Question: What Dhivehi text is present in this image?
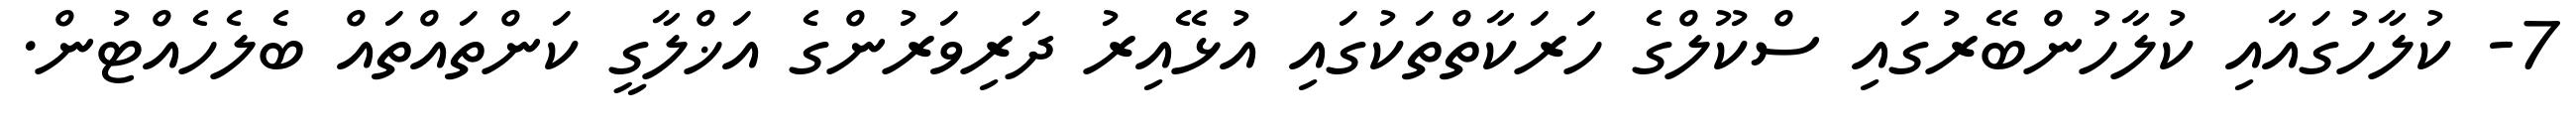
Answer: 7- ކުލާހުގައާއި ކުލާހުންބޭރުގައި ސްކޫލްގެ ހަރަކާތްތަކުގައި އުޅޭއިރު ދަރިވަރުންގެ އަޚްލާގީ ކަންތައްތައް ބެލެހެއްޓުން.